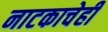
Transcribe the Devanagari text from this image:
नाटकाचेही